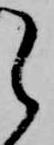
之